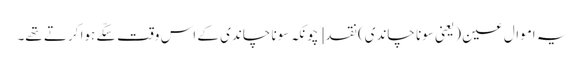
یہ اموال عین (یعنی سونا چاندی) نقد [چونکہ سونا چاندی کے اس وقت سکّے ہوا کرتے تھے۔